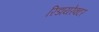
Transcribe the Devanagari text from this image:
रिडायरेक्टर